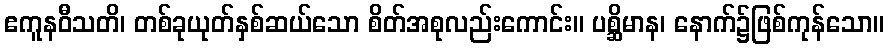
ဧကူနဝီသတိ၊ တစ်ခုယုတ်နှစ်ဆယ်သော စိတ်အစုလည်းကောင်း။ ပစ္ဆိမာန၊ နောက်၌ဖြစ်ကုန်သော။